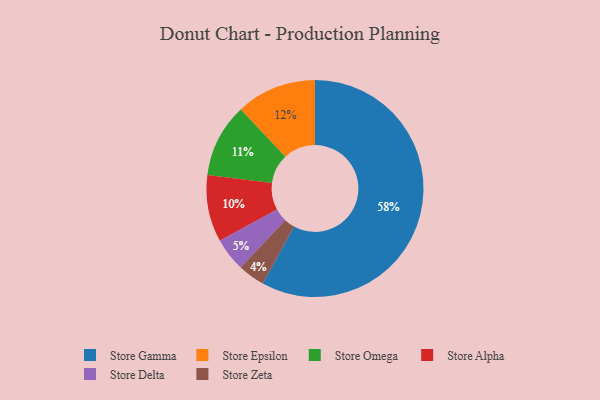
{"axis": {"x": "Category", "y": "Percentage"}, "legend": ["Store Alpha", "Store Delta", "Store Epsilon", "Store Gamma", "Store Omega", "Store Zeta"], "data": [{"x": "Store Zeta", "y": 4, "type": "Store Zeta"}, {"x": "Store Gamma", "y": 58, "type": "Store Gamma"}, {"x": "Store Alpha", "y": 10, "type": "Store Alpha"}, {"x": "Store Delta", "y": 5, "type": "Store Delta"}, {"x": "Store Epsilon", "y": 12, "type": "Store Epsilon"}, {"x": "Store Omega", "y": 11, "type": "Store Omega"}]}